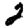
Digit: 2